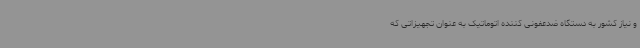
و نیاز کشور به دستگاه ضدعفونی کننده اتوماتیک به عنوان تجهیزاتی که